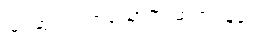
မြင့်ဆုံး လက်ထောက် ဆရာဝန်ပေ။